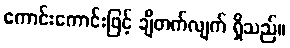
ကောင်းကောင်းဖြင့် ချီတက်လျက် ရှိသည်။